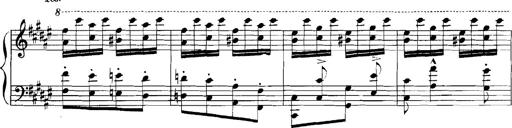
Title: Rhapsodies hongroises
Composer: Franz Liszt